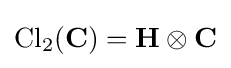
\mathrm {Cl} _{2}(\mathbf {C} )=\mathbf {H} \otimes \mathbf {C}